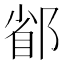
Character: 𨜜